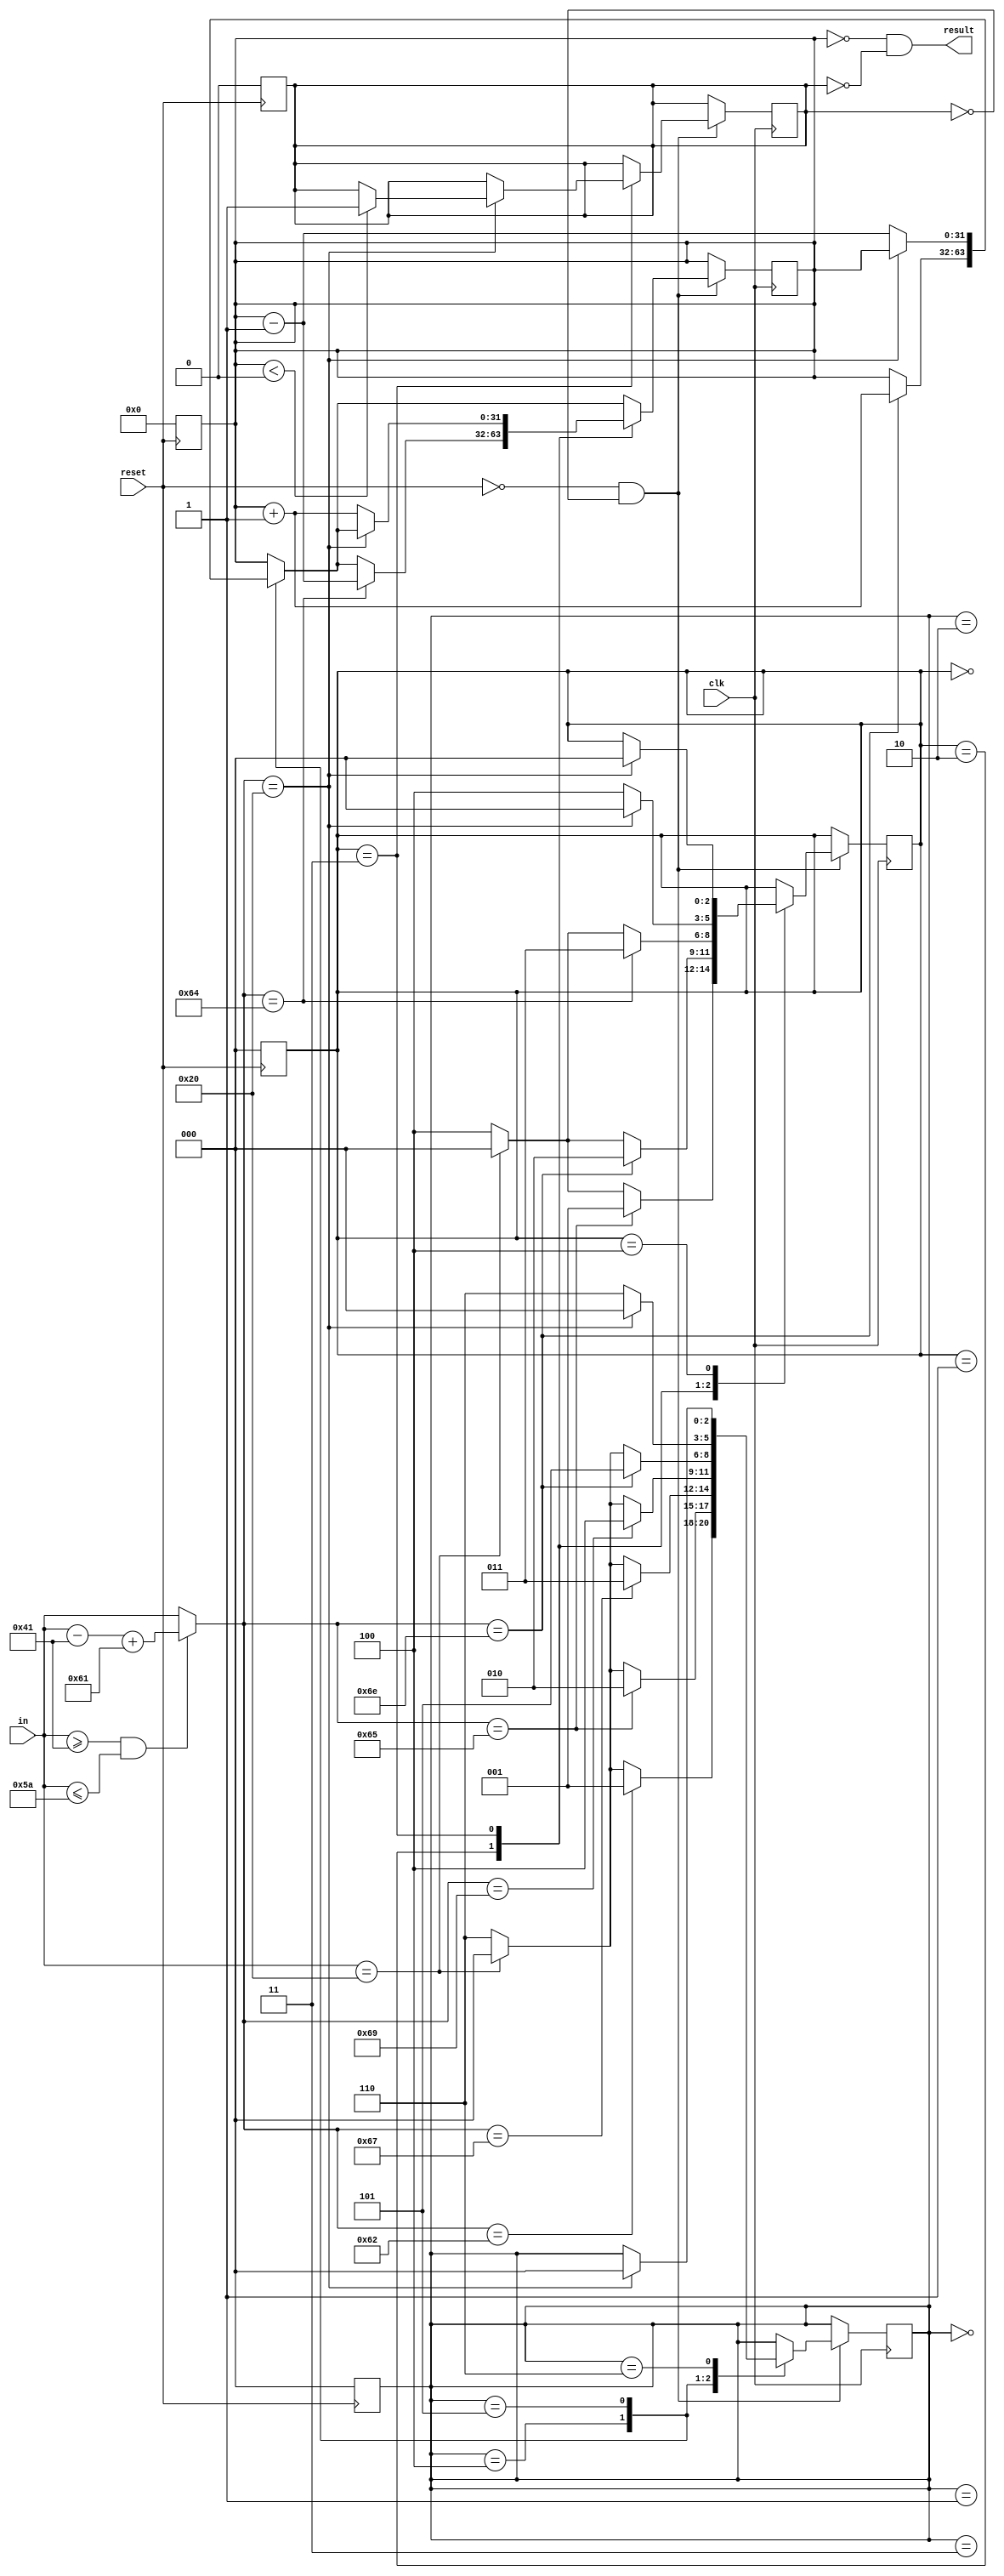
`timescale 1ns / 1ps
module BlockChecker(
	input clk,
	input reset,
	input[7:0] in,
	output result
    );
	function[7:0] lowercseChar;
	input[7:0] char;
		lowercseChar = (char >= "A" && char <= "Z") ? (char - "A" + "a") : char;
	endfunction
	reg[31:0] counter;
	reg[2:0] begin_reg;
	reg[2:0] end_reg;
	reg fatal;
	always@(posedge reset)begin
		counter <= 0;
		begin_reg <= 0;
		end_reg <= 0;
		fatal <= 0;
	end
	task step;begin
		case(begin_reg)
			0:begin
				if(lowercseChar(in) == "b") begin_reg <= 1;
				else if(in == " ") begin_reg <= 0;
				else begin_reg <= 6;
			end
			1:begin
				if(lowercseChar(in) == "e") begin_reg <= 2;
				else if(in == " ") begin_reg <= 0;
				else begin_reg <= 6;
			end
			2:begin
				if(lowercseChar(in) == "g") begin_reg <= 3;
				else if(in == " ") begin_reg <= 0;
				else begin_reg <= 6;
			end
			3:begin
				if(lowercseChar(in) == "i") begin_reg <= 4;
				else if(in == " ") begin_reg <= 0;
				else begin_reg <= 6;
			end
			4:begin
				if(lowercseChar(in) == "n")begin
					begin_reg <= 5;
					counter <= counter + 1;
				end else if(in == " ") begin_reg <= 0;
				else begin_reg <= 6;
			end
			5:begin
				if(lowercseChar(in) == " ") begin_reg <= 0;
				else begin
					begin_reg <= 6;
					counter <= counter - 1;
				end
			end
			6:begin
				if(lowercseChar(in) == " ") begin_reg <= 0;
			end
		endcase
		case(end_reg)
			0:begin
				if(lowercseChar(in) == "e") end_reg <= 1;
				else if(in == " ") end_reg <= 0;
				else end_reg <= 4;
			end
			1:begin
				if(lowercseChar(in) == "n") end_reg <= 2;
				else if(in == " ") end_reg <= 0;
				else end_reg <= 4;
			end
			2:begin
				if(lowercseChar(in) == "d")begin
					end_reg <= 3;
					counter <= counter - 1;
				end
				else if(in == " ") end_reg <= 0;
				else end_reg <= 4;
			end
			3:begin
				if(lowercseChar(in) == " ")begin
					if($signed(counter) < 0) fatal <= 1;
					end_reg <= 0;
				end else begin
					end_reg <= 4;
					counter <= counter + 1;
				end
			end
			4:begin
				if(lowercseChar(in) == " ") end_reg <= 0;
			end
		endcase
	end endtask
	always@(posedge clk)begin
		if(!reset && !fatal) step();
	end
	assign result = (counter == 0 && fatal == 0);
endmodule